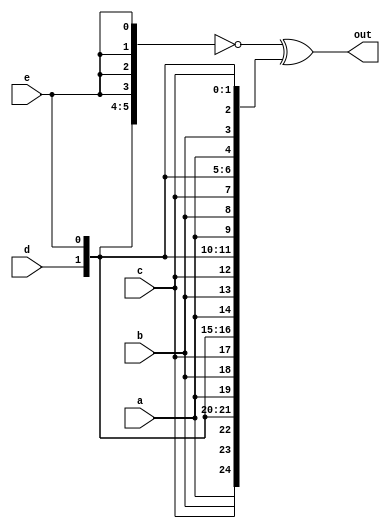
module top_module (
    input a, b, c, d, e,
    output [24:0] out );//

    wire [24:0] a1,a2;
    assign a1 = {{5{a}},{5{b}},{5{c}},{5{d}},{5{e}}};
    assign a2 = {5{a,b,c,d,e}};
    assign out = ~a1 ^ a2;

endmodule